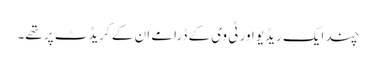
چند ایک ریڈیو اور ٹی وی کے ڈرامے ان کے کریڈٹ پر تھے۔